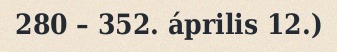
280 – 352. április 12.)